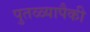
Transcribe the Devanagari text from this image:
पुतळ्यापैकी